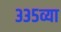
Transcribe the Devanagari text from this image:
३३५व्या